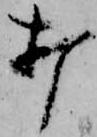
打